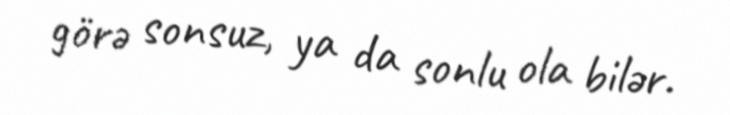
görə sonsuz, ya da sonlu ola bilər.